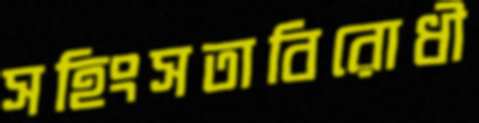
সহিংসতাবিরোধী